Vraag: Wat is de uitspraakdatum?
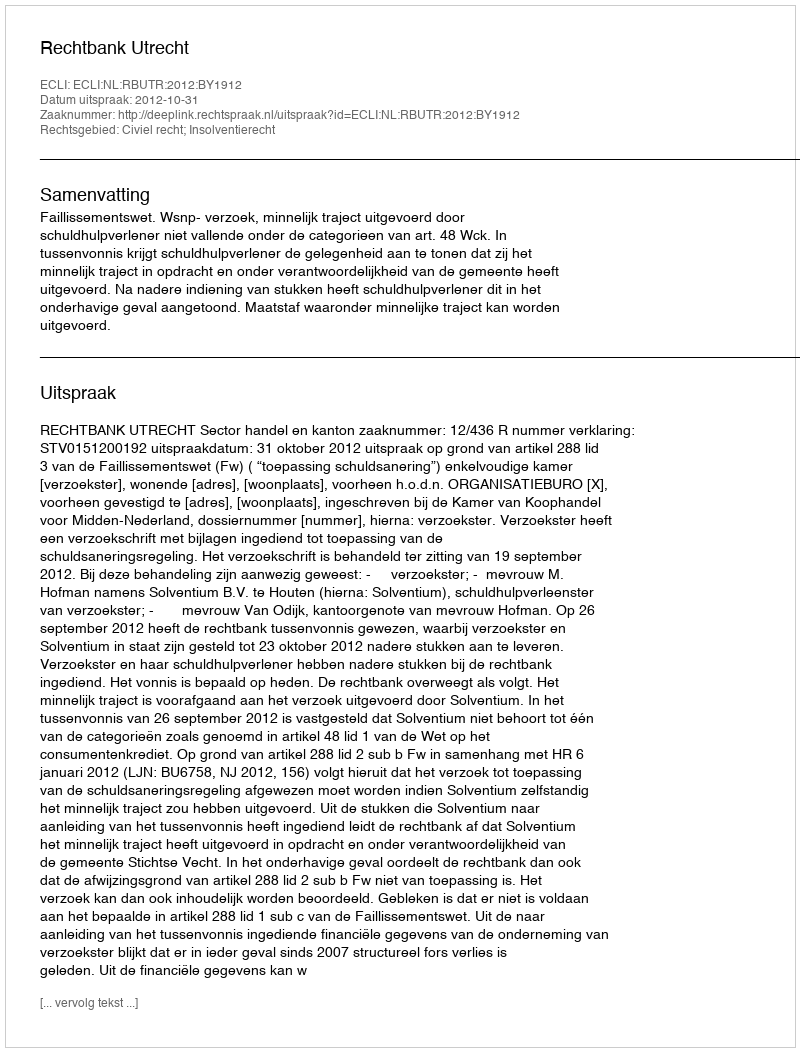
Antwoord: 2012-10-31